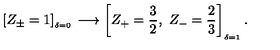
\left[ Z _ { \pm } = 1 \right] _ { ^ { _ { _ { \delta = 0 } } } } \longrightarrow \left[ Z _ { + } = \frac { 3 } { 2 } , \ Z _ { - } = \frac { 2 } { 3 } \right] _ { _ { \delta = 1 } } .